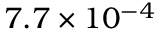
7 . 7 \times 1 0 ^ { - 4 }